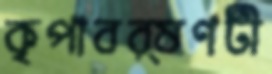
কৃপাবর্ষণটী